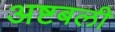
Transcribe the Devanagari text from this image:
अष्टबली